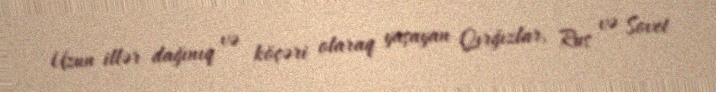
Uzun illər dağınıq və köçəri olaraq yaşayan Qırğızlar, Rus və Sovet